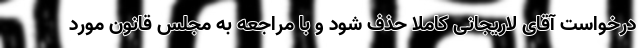
درخواست آقای لاریجانی کاملا حذف شود و با مراجعه به مجلس قانون مورد